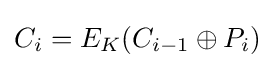
C_{i}=E_{K}(C_{i-1}\oplus P_{i})